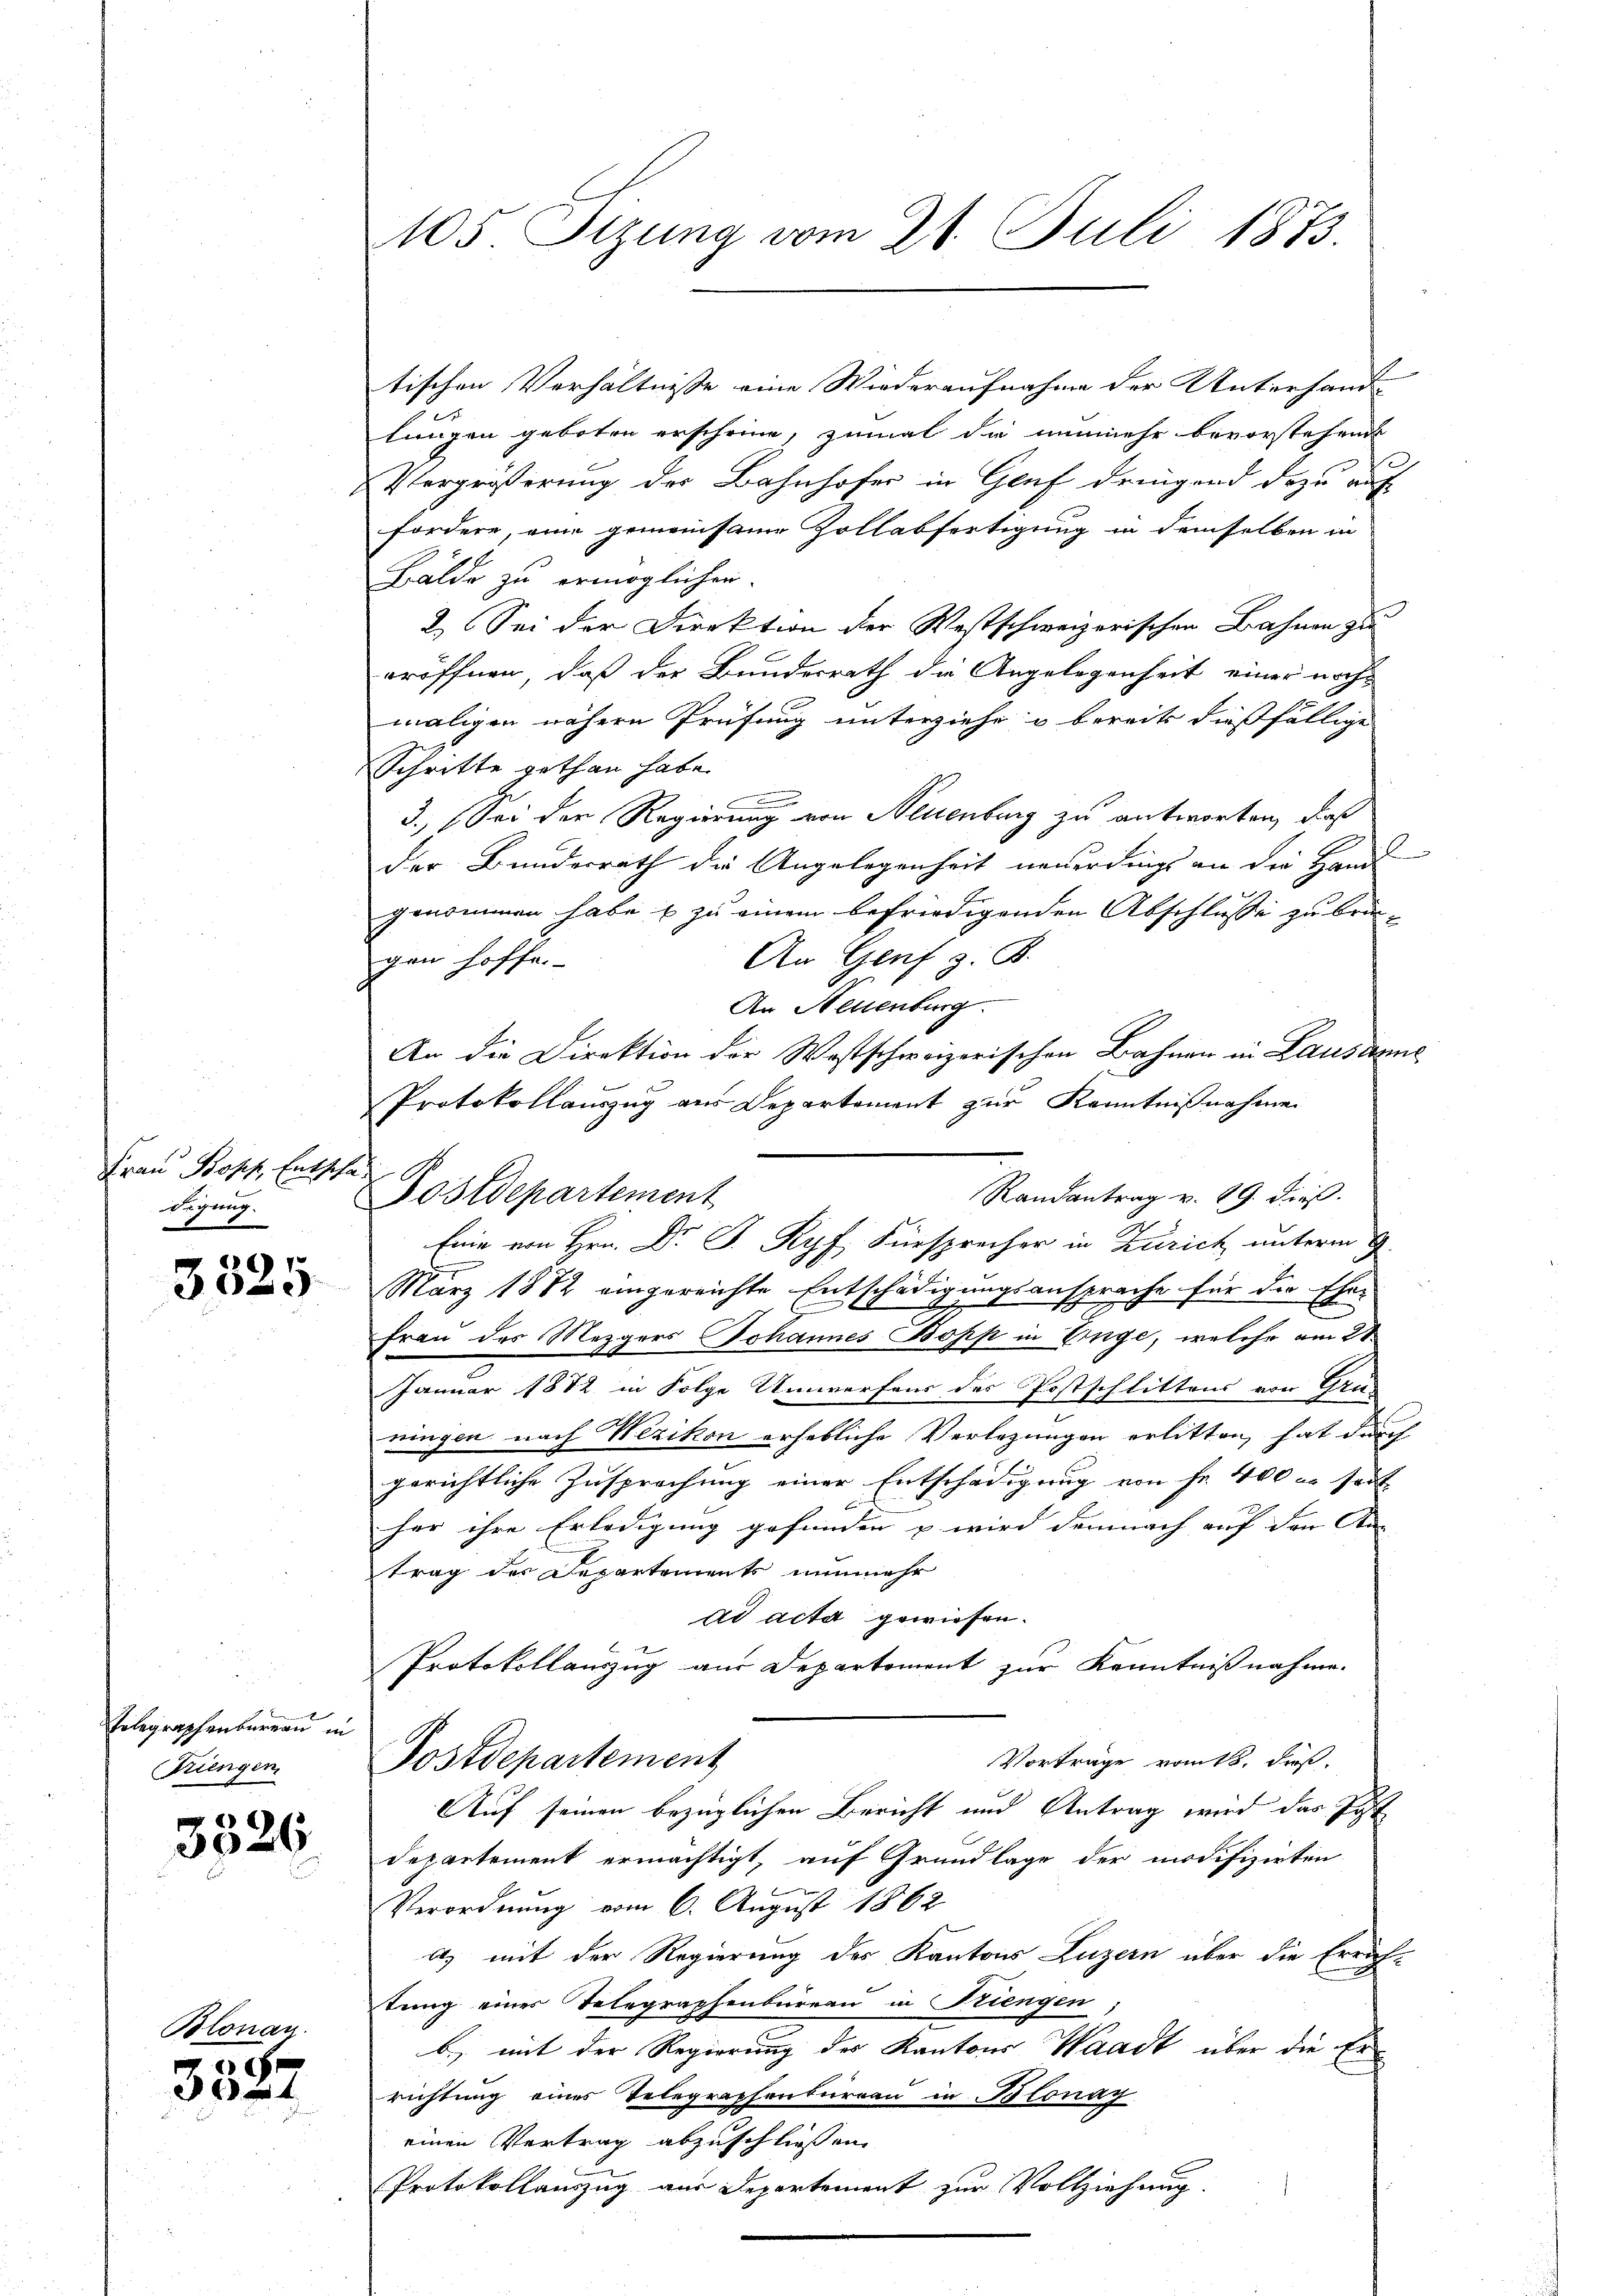
Frau Propp, Entschad
Fegung.

3325.

Folegraphenbureau in
Triengen

8
306

M

e
t

105. Sizung vom 21. Juli 1873.

Postdepartement

tischen Verhältnisse eine Wiederaufnahme der Unterhand-
e
lungen geboten erscheine, zumal die nunmehr bevorstehende
Vergrößerung des Bahnhofer in Genf dringend dazu auf
fordere, eine gemeinsame Zollabfertigung in demselben in
Bälde zu ermöglichen.
2.) Sei der Direktion der Westschweizerischen Bahnen zu
eröffnen, daß der Bundesrath die Angelegenheit einer noch
maligen nähern Prüfung unterziehe u bereits dießfällige
Schritte gethan habe.
.
3.) Sei der Regierung von Neuenburg zu antworten, dieß
der Bundesrath die Angelegenheit neuerdings an die Handl
genommen habe & zu einem befriedigenden Abschlusse zu brin-
An Genf z. B.
gen hoffe.
An Neuenburg
An die Direktion der Westschweizerischen Bahnen in Lausamm
Protokollauszug aus Departement zur Kenntnißnahme.
Randantrag v. 29. dieß.
März 1882 eingereichte Entschädigungsansprache für die Ehe-
Frau des Mezgers Johannes Bopp in Einge, welche am 21
Januar 1882 in Folge Umwerfens des Postschlittens von Grus
ningen nach Wezikon erhebliche Verlegungen erlitten, hat durch
gerichtliche Zusprechung einer Entschädigung von Fr. 400 er seit
her ihre Erledigung gefunden & wird demnach auf den An- |
trag des Departements nunmehr
ad acta gewiesen.
Protokollauszug aus Departement zur Kenntnißnahme.
Vorträge vom 18. dieß
Postdepartement
Auf seinen bezüglichen Bericht und Antrag wird das Post
Departement ermächtigt, auf Grundlage der modifizirten
f
Verordnung vom 6. August 1862
a) mit der Regierung des Kantons Luzern über die Errichtung eines Telegraphenbureau in Stiengen
b) mit der Regierung des Kantons Waadt über die Errichtung eines Telegraphenbureau in Blonay
einen Vertrag abzuschließen.
Protokollauszug aus Departement zur Vollziehung.

Enie von Hrn. Dr. P. Ryf Fürsprecher in Zürich unterm 9.